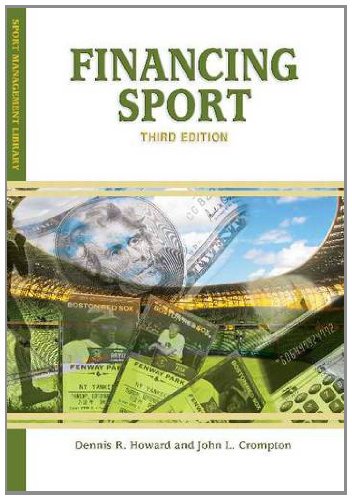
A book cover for Financing Sport (Sport Management Library); Dennis R. Howard; Business & Money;